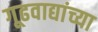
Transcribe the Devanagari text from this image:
गूढवाद्यांच्या